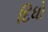
દિધો